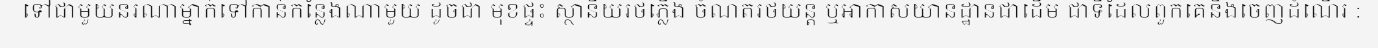
ទៅជាមួយនរណាម្នាក់ទៅកាន់កន្លែងណាមួយ ដូចជា មុខផ្ទះ ស្ថានីយរថភ្លើង ចំណតរថយន្ត ឬអាកាសយានដ្ឋានជាដើម ជាទីដែលពួកគេនឹងចេញដំណើរ :